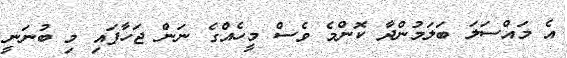
އެ މައްސަލަ ބަލަމުންދާ ކޮންމެ ވެސް މީހެއްގެ ނަން ޖަހާފައި މި ބުނަނީ